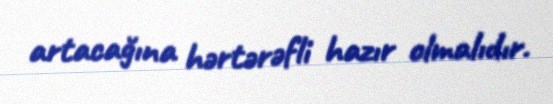
artacağına hərtərəfli hazır olmalıdır.